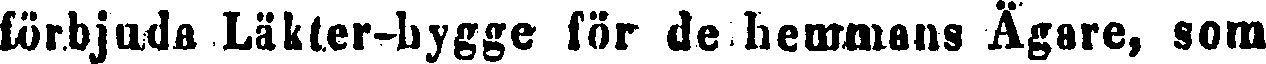
förbjuda Läkter-hygge för de hemmans Ägare, som